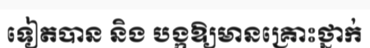
ទៀតបាន និង បង្កឱ្យមានគ្រោះថ្នាក់